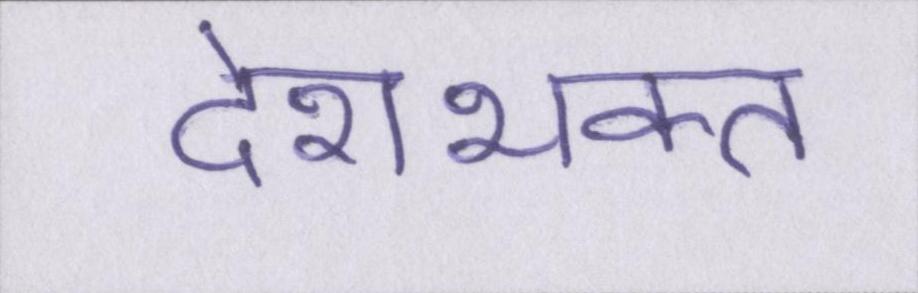
देशभक्त